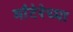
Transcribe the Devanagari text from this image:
माँटेरेच्या